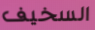
السخيف